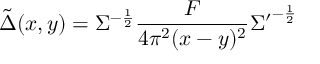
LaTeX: \tilde { \Delta } ( x , y ) = \Sigma ^ { - \frac { 1 } { 2 } } \frac { F } { 4 \pi ^ { 2 } ( x - y ) ^ { 2 } } { \Sigma ^ { \prime } } ^ { - \frac { 1 } { 2 } }